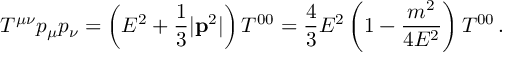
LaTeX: T ^ { \mu \nu } p _ { \mu } p _ { \nu } = \left( E ^ { 2 } + \frac { 1 } { 3 } | { \bf p } ^ { 2 } | \right) T ^ { 0 0 } = \frac { 4 } { 3 } E ^ { 2 } \left( 1 - \frac { m ^ { 2 } } { 4 E ^ { 2 } } \right) T ^ { 0 0 } \, .